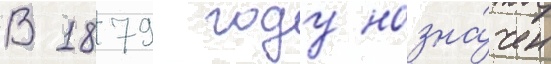
В 1879 году назна́чен